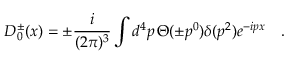
D _ { 0 } ^ { \pm } ( x ) = \pm \frac { i } { ( 2 \pi ) ^ { 3 } } \int d ^ { 4 } p \, \Theta ( \pm p ^ { 0 } ) \delta ( p ^ { 2 } ) e ^ { - i p x } \quad .